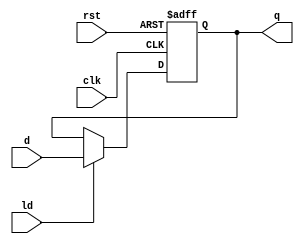
module REG #(parameter WIDTH = 8)(
    input clk,
    input rst,                  
    input ld,                  
    input [WIDTH-1:0] d,                   
    output reg [WIDTH-1:0] q);  
    // asynchronous, active HIGH reset w. enable input  
    initial begin
        q = 0;
    end
    always @(posedge rst, posedge clk) begin     
        if (rst) q = 0;
        else if (ld) q <= d;      
        else q <= q; 
    end
endmodule